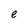
Character: e